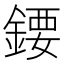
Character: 𨪁